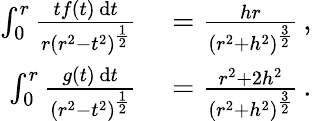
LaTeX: \begin{array}{rl}{\int_{0}^{r}\frac{tf(t)\, \mathrm{d}t}{r\left(r^{2}-t^{2}\right)^{\frac{1}{2}}}}&{{}=\frac{hr}{\left(r^{2}+h^{2}\right)^{\frac{3}{2}}}\, ,}\\ {\int_{0}^{r}\frac{g(t)\, \mathrm{d}t}{\left(r^{2}-t^{2}\right)^{\frac{1}{2}}}}&{{}=\frac{r^{2}+2h^{2}}{\left(r^{2}+h^{2}\right)^{\frac{3}{2}}}\, .}\end{array}